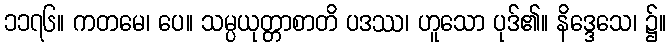
၁၁၇၆။ ကတမေ၊ ပေ။ သမ္ပယုတ္တာစာတိ ပဒဿ၊ ဟူသော ပုဒ်၏။ နိဒ္ဒေသေ၊ ၌။